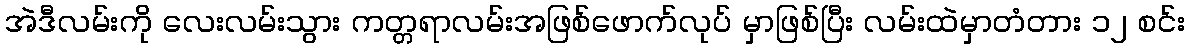
အဲဒီလမ်းကို လေးလမ်းသွား ကတ္တရာလမ်းအဖြစ်ဖောက်လုပ် မှာဖြစ်ပြီး လမ်းထဲမှာတံတား ၁၂ စင်း